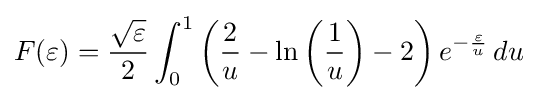
F(\varepsilon )={\frac {\sqrt {\varepsilon }}{2}}\int _{0}^{1}\left({\frac {2}{u}}-\ln \left({\frac {1}{u}}\right)-2\right)e^{-{\frac {\varepsilon }{u}}}\,du